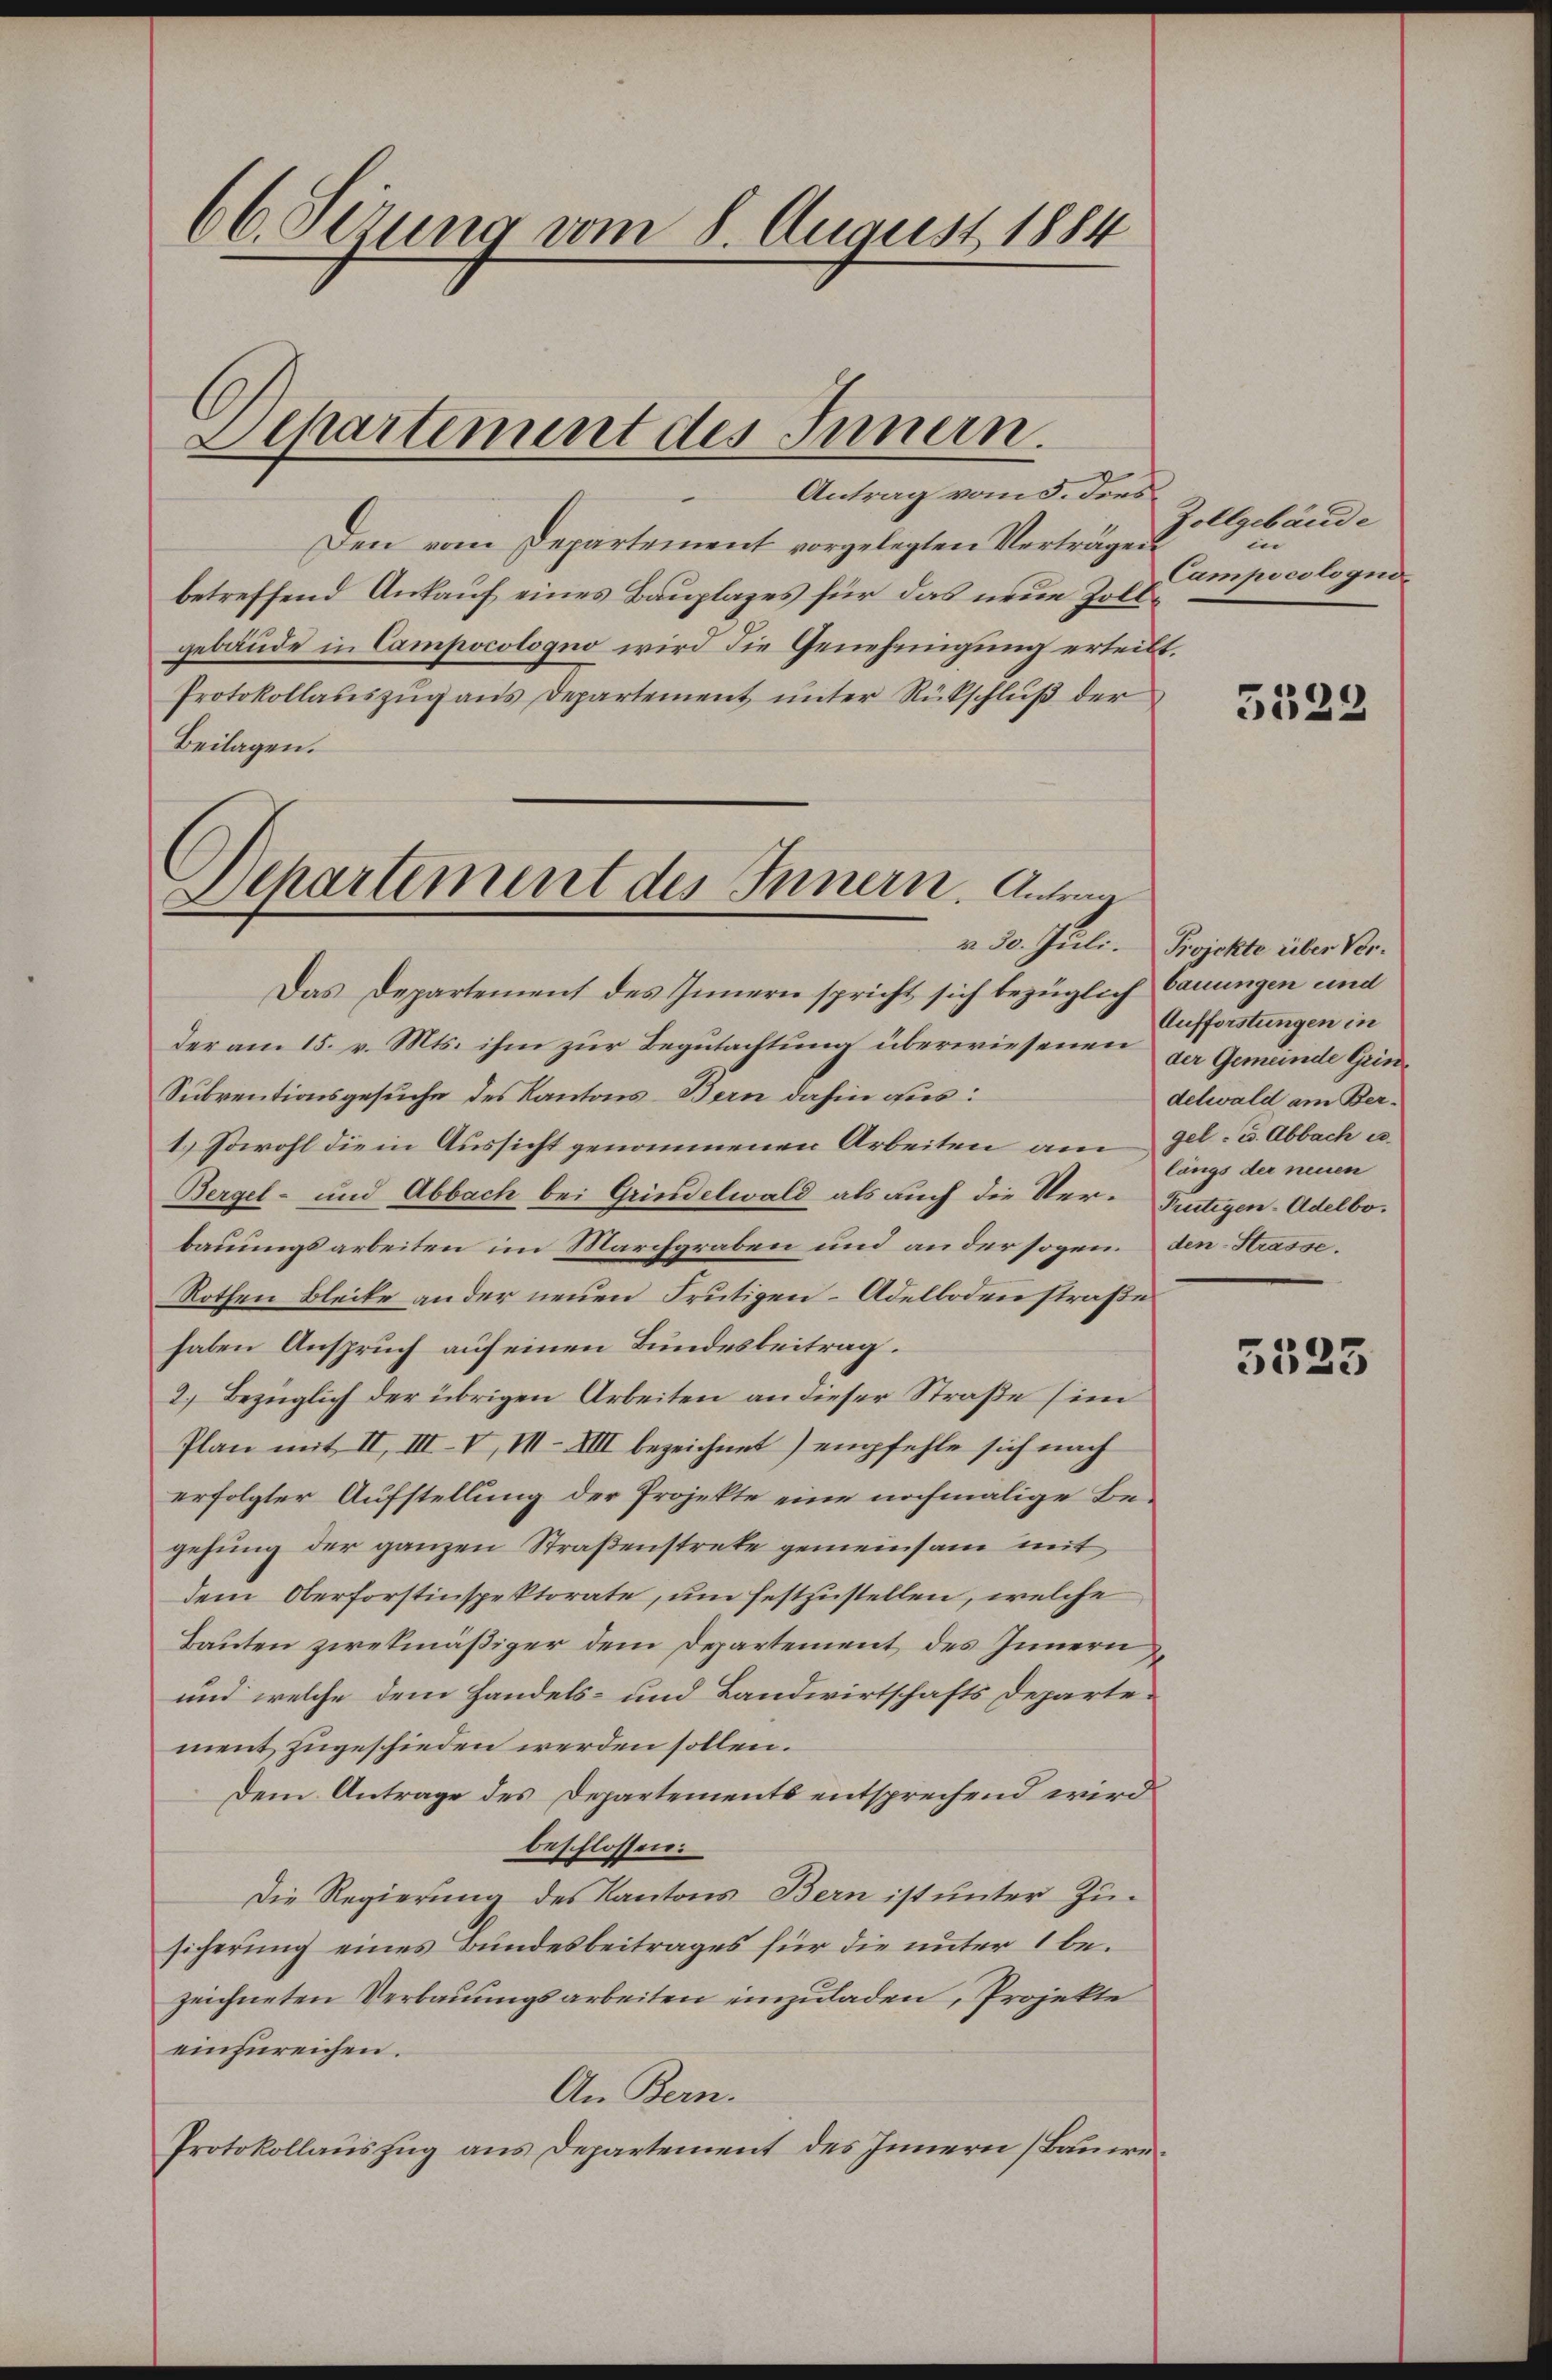
66. Sezung vom 8. August 1884
Departement des Innern.
Antrag vom 3. Ders

Den vom Departement vorgelegten Verträgen
betreffend Ankauf eines Bauplazes für das neue Zollgebäude in Campocologno wird die Genehmigung erteilt.
Protokollaŭszŭg ans Departement ŭnter Rückschlŭβ der
Beilagen.

Departement des Innern. Antrag

Das Departement des Innern spricht sich bezüglich Cauungen und
der am 15. v. Mts. ihm zur Begutachtung überwiesenen der Gemeinde Grin¬
Subventionsgesuche des Kantons Bern dahin aus:
1.) Sowohl die in Aussicht genommenen Arbeiten am
Bergel- und Abbach bei Grindelwald als auch die Ver-Futigen-Adelbobauungsarbeiten im Marchgraben und ander sogen den Strasse.
Rothen Bleike an der neuen Frutigen- Adelbodenstraße
haben Anspruch auf einen Bundesbeitrag.
2.) Bezüglich der übrigen Arbeiten an dieser Straße sim
Plan mit II, III–V, M. VIII bezeichnet) empfehle sich nach
erfolgter Aufstellung der Projekte eine nochmalige Begehung der ganzen Straßenstreke gemeinsam mit
dem Oberforstinspektorate, um festzustellen, welche
Lauten zwekmäßiger dem Departement des Innern
und welche dem Handels- und Landwirtschafts Departement zugeschieden werden sollen.
Dem Antrage des Departements entsprechend wird
beschlossen:
Die Regierung des Kantons Bern ist unter Zusicherung eines Bundesbeitrages für die unter 1 bezeichneten Verbauungsarbeiten einzuladen, Projekte
einzureichen.
An Bern.
Protokollauszug aus Departement des Innern (Bauer.

Zollgebäude
in
Campicologni

5328

v. 30. Juli. Projekte über Ver¬
Aufforstungen in
delwald am Bergel. u. Abbach u.
längs der neuen

5523